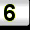
Digit: 6